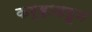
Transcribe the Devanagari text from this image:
कर्‍हाडहून